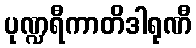
ပုဏ္ဍရီကာတိဒါရုဏီ